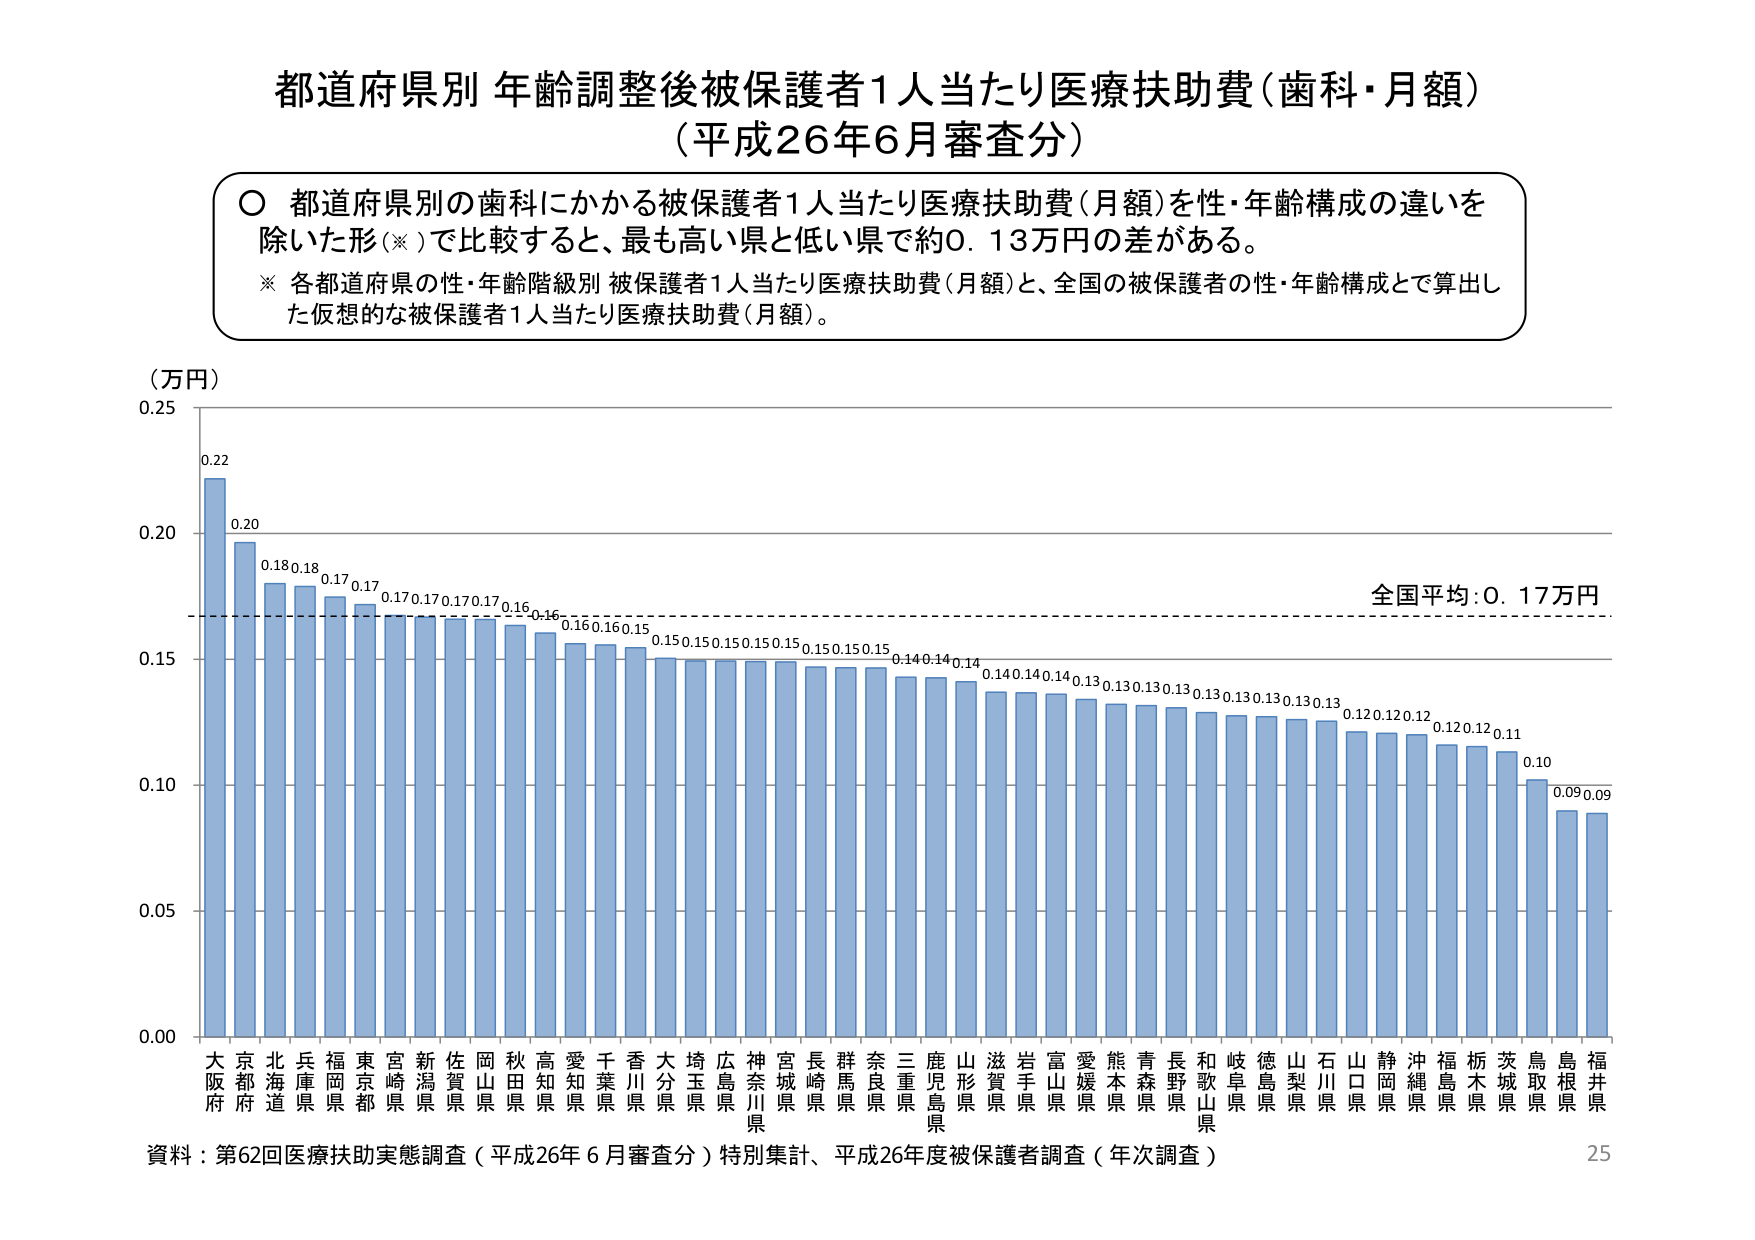
都道府県別 年齢調整後被保護者1人当たり医療扶助費（歯科・月額）
（平成26年6月審査分）

○ 都道府県別の歯科にかかる被保護者1人当たり医療扶助費（月額）を性・年齢構成の違いを
除いた形（※）で比較すると、最も高い県と低い県で約0.13万円の差がある。
※ 各都道府県の性・年齢階級別 被保護者1人当たり医療扶助費（月額）と、全国の被保護者の性・年齢構成とで算出し
た仮想的な被保護者1人当たり医療扶助費（月額）。

（万円）
0.25
0.22
0.20
0.18
0.17
0.16
0.15
0.14
0.13
0.12
0.11
0.10
0.09
0.05
0.00

大阪府
京都府
北海道
兵庫県
福岡県
東京都
宮崎県
新潟県
佐賀県
岡山県
秋田県
高知県
愛知県
千葉県
香川県
大分県
埼玉県
広島県
神奈川県
宮城県
長崎県
群馬県
奈良県
三重県
鹿児島県
山形県
滋賀県
岩手県
富山県
愛媛県
熊本県
青森県
長野県
和歌山県
岐阜県
徳島県
山梨県
石川県
山口県
静岡県
沖縄県
福島県
栃木県
茨城県
鳥取県
島根県
福井県

全国平均：0.17万円

資料：第62回医療扶助実態調査（平成26年6月審査分）特別集計、平成26年度被保護者調査（年次調査）
25